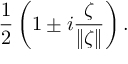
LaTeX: { \frac { 1 } { 2 } } \left( 1 \pm i { \frac { \zeta } { \| \zeta \| } } \right) .